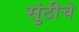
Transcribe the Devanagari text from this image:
सुंठीचे